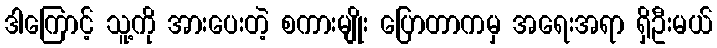
ဒါကြောင့် သူ့ကို အားပေးတဲ့ စကားမျိုး ပြောတာကမှ အရေးအရာ ရှိဦးမယ်